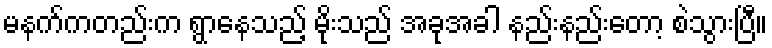
မနက်ကတည်းက ရွာနေသည့် မိုးသည် အခုအခါ နည်းနည်းတော့ စဲသွားပြီ။